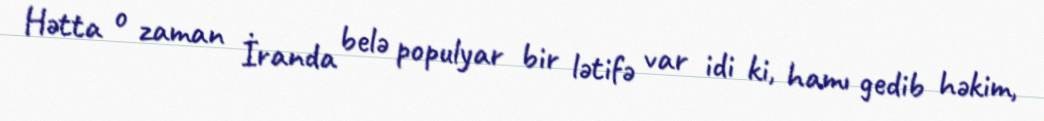
Hətta o zaman İranda belə populyar bir lətifə var idi ki, hamı gedib həkim,